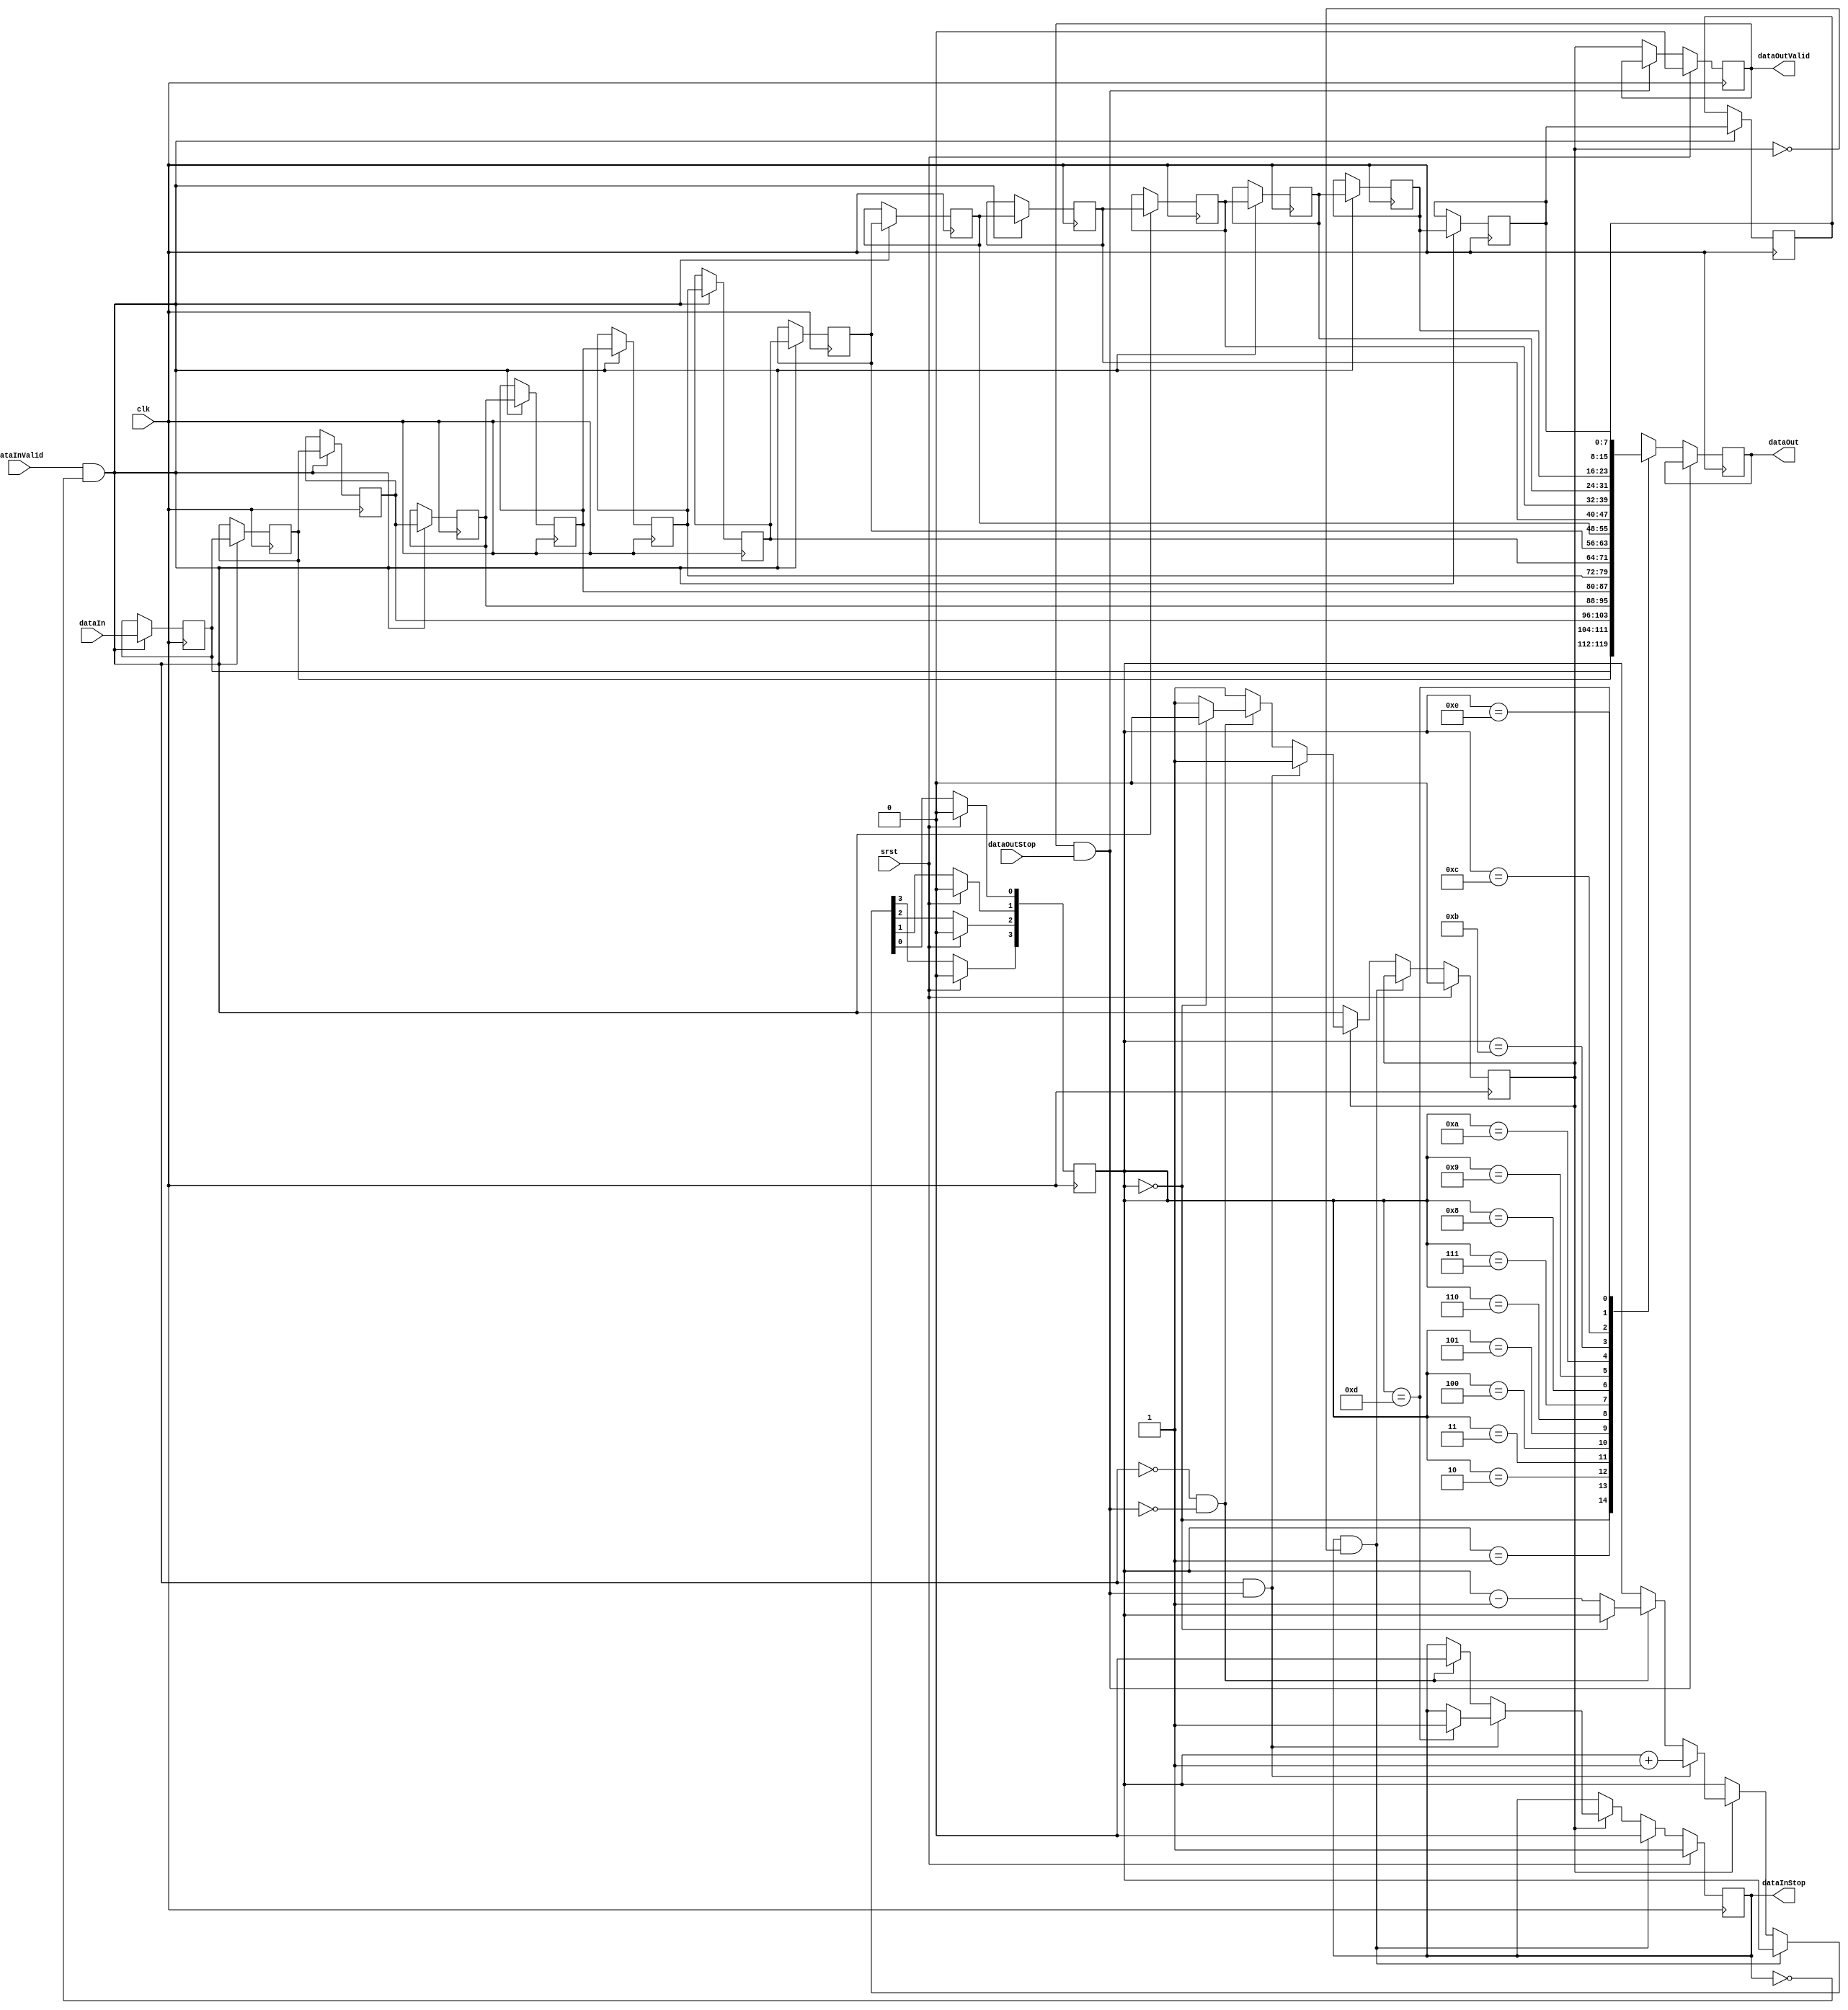
//
// Copyright 2017 ReconfigureIO
//
// Licensed under the Apache License, Version 2.0 (the "License");
// you may not use this file except in compliance with the License.
// You may obtain a copy of the License at
//
//     http://www.apache.org/licenses/LICENSE-2.0
//
// Unless required by applicable law or agreed to in writing, software
// distributed under the License is distributed on an "AS IS" BASIS,
// WITHOUT WARRANTIES OR CONDITIONS OF ANY KIND, either express or implied.
// See the License for the specific language governing permissions and
// limitations under the License.//
//

//
// Implementation of a buffered SELF link with short FIFO. This component
// should typically be used for SELF links with a buffering capacity of
// between 3 and 128 entries to make efficient use of SRL primitives.
//

`timescale 1ns/1ps

module smiSelfLinkBufferFifoS
  (dataInValid, dataIn, dataInStop, dataOutValid, dataOut, dataOutStop,
  clk, srst);

// Specifes the width of the data channel.
parameter DataWidth = 8;

// Specifies the link buffer FIFO size.
parameter FifoSize = 16;

// Specifies the link buffer FIFO index size, which should be capable of holding
// the binary representation of FifoSize-2.
parameter FifoIndexSize = 4;

// Specifies the 'upstream' data input ports.
// verilator lint_off UNUSED
input  [DataWidth-1:0] dataIn;
// verilator lint_on UNUSED
input                  dataInValid;
output                 dataInStop;

// Specifies the 'downstream' data output ports.
output [DataWidth-1:0] dataOut;
output                 dataOutValid;
input                  dataOutStop;

// Specify system level signals.
input clk;
input srst;

// Specify the FIFO state machine signals.
reg                     fifoStop_d;
reg                     fifoReadValid_d;
reg [FifoIndexSize-1:0] fifoIndex_d;

reg                     fifoStop_q;
reg                     fifoReadValid_q;
reg [FifoIndexSize-1:0] fifoIndex_q;

// Specifies the FIFO shift register elements. Note that the size of the FIFO
// array is reduced by one to account for the additional storage element in
// the data output register.
// verilator lint_off UNDRIVEN
reg [DataWidth-1:0] fifoArray [FifoSize-2:0];
// verilator lint_on UNDRIVEN
reg [DataWidth-1:0] dataOut_q;
reg                 dataOutValid_q;

// Combinatorial status signals.
wire fifoWritePush;
wire fifoReadStop;

// Miscellaneous signals.
integer i;

// Implement combinatorial logic for the FIFO state machine.
always @(fifoStop_q, fifoReadValid_q, fifoIndex_q, fifoReadStop, fifoWritePush)
begin

  // Hold current state by default.
  fifoStop_d = fifoStop_q;
  fifoReadValid_d = fifoReadValid_q;
  fifoIndex_d = fifoIndex_q;

  // Clear input stop line after reset.
  if (fifoStop_q & ~fifoReadValid_q)
  begin
    fifoStop_d = 1'b0;
  end

  // Implement first push into an empty FIFO.
  else if (~fifoReadValid_q)
  begin
    fifoReadValid_d = fifoWritePush;
  end

  // Update the FIFO index on a push without concurrent pop.
  else if (fifoWritePush & fifoReadStop)
  begin
    fifoIndex_d = fifoIndex_q + 1;
    if ({1'b0, fifoIndex_q} == FifoSize [FifoIndexSize:0] - 3)
      fifoStop_d = 1'b1;
  end

  // Update the FIFO index on a pop without concurrent push.
  else if (~fifoWritePush & ~fifoReadStop)
  begin
    if (fifoIndex_q == 0)
      fifoReadValid_d = 1'b0;
    else
      fifoIndex_d = fifoIndex_q - 1;
    fifoStop_d = 1'b0;
  end
end

// Implement sequential logic for FIFO state machine.
always @(posedge clk)
begin
  if (srst)
  begin
    fifoStop_q <= 1'b1;
    fifoReadValid_q <= 1'b0;
    for (i = 0; i < FifoIndexSize; i = i + 1)
      fifoIndex_q [i] <= 1'b0;
  end
  else
  begin
    fifoStop_q <= fifoStop_d;
    fifoReadValid_q <= fifoReadValid_d;
    fifoIndex_q <= fifoIndex_d;
  end
end

assign fifoWritePush = dataInValid & ~fifoStop_q;
assign dataInStop = fifoStop_q;

// Implement the FIFO shift register.
// Disabled for linting, since this construct is not supported by Verilator.
`ifndef verilator
always @(posedge clk)
begin
  if (fifoWritePush)
  begin
    fifoArray [0] <= dataIn;
    for (i = 0; i < FifoSize - 2; i = i + 1)
      fifoArray [i+1] <= fifoArray[i];
  end
end
`endif

// Implement resettable control registers for output pipeline stage.
always @(posedge clk)
begin
  if (srst)
    dataOutValid_q <= 1'b0;
  else if (~fifoReadStop)
    dataOutValid_q <= fifoReadValid_q;
end

// Implement non-resettable data register for output pipeline stage.
always @(posedge clk)
begin
  if (~fifoReadStop)
    dataOut_q <= fifoArray [fifoIndex_q];
end

assign fifoReadStop = dataOutValid_q & dataOutStop;
assign dataOutValid = dataOutValid_q;
assign dataOut = dataOut_q;

endmodule